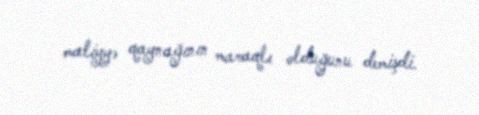
maliyyə qaynağının maraqlı olduğunu demişdi.